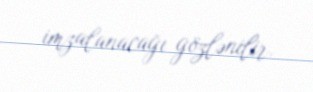
imzalanacağı gözlənilir.